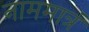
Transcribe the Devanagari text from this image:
नाममात्रं